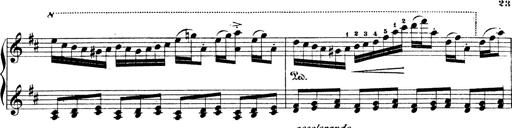
Title: Illustrations de l'opÃ©ra L'Africaine
Composer: Franz Liszt